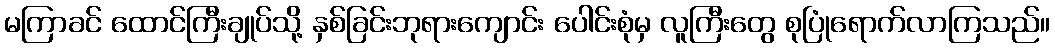
မကြာခင် ထောင်ကြီးချုပ်သို့ နှစ်ခြင်းဘုရားကျောင်း ပေါင်းစုံမှ လူကြီးတွေ စုပြုံရောက်လာကြသည်။